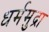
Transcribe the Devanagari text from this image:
धर्ममुद्रा